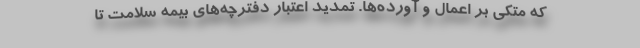
که متکی بر اعمال و آورده‌ها. تمدید اعتبار دفترچه‌های بیمه سلامت تا